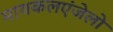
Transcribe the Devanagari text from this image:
मायकलएंजेलो